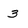
Character: 3